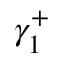
\gamma _ { 1 } ^ { + }